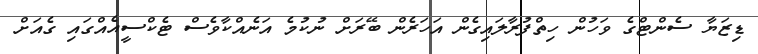
ޑިޒަޔާ ސެންޓްގެ ވަހުން ހިތްފުރާލައިގެން އަހަރެން ބޭރަށް ނުކުމެ އަނެއްކާވެސް ޓެކްސީއެއްގައި ގެއަށް